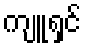
ကျူရှင်